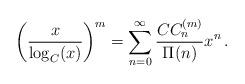
LaTeX: \begin{align*} \left(\frac{x}{\log_C(x)}\right)^m=\sum_{n=0}^\infty\frac{CC_n^{(m)}}{\Pi(n)}x^n\,. \end{align*}